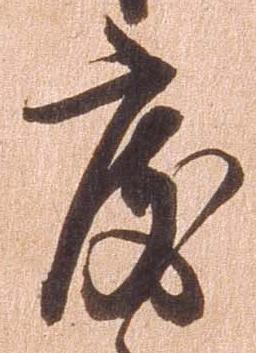
度